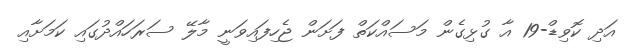
އަދި ކޮވިޑް-19 އާ ގުޅިގެން މަސައްކަތް ފަށަން ޖެހިފައިވަނީ މާލޭ ސަރަހައްދުގައި ކަމަށާއި